画像に写った文字を読んでください
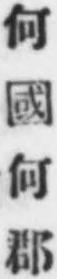
「何國何郡」と書いてあります